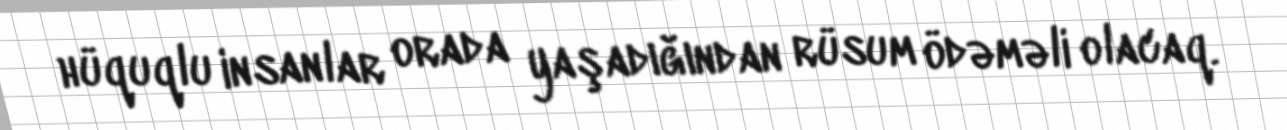
hüquqlu insanlar orada yaşadığından rüsum ödəməli olacaq.